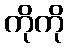
ကိုကို